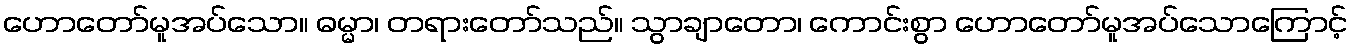
ဟောတော်မူအပ်သော။ ဓမ္မာ၊ တရားတော်သည်။ သွာချာတော၊ ကောင်းစွာ ဟောတော်မူအပ်သောကြောင့်